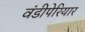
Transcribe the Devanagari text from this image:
वंडीपेरियार